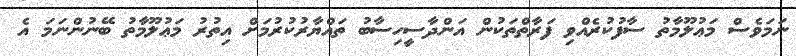
ނަމަވެސް މަޢުލޫމާތު ސާފުކުރެއްވި ފަރާތްތަކުން އަންދާސީހިސާބު ތައްޔާރުކުރުމަށް އިތުރު މަޢުލޫމާތު ބޭނުންނަމަ އެ